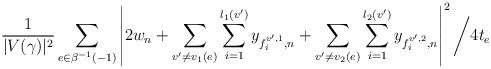
LaTeX: \begin{align*} \frac{1}{|V(\gamma)|^2}\sum_{e \in \beta^{-1}(-1)} \left| 2w_n + \sum_{v' \neq v_1(e)}\sum_{i = 1}^{l_1(v')}y_{f^{v', 1}_i, n} + \sum_{v' \neq v_2(e)}\sum_{i = 1}^{l_2(v')}y_{f^{v', 2}_i, n} \right|^2\bigg/4t_e\end{align*}